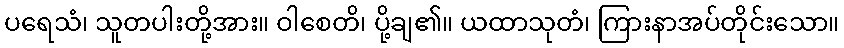
ပရေသံ၊ သူတပါးတို့အား။ ဝါစေတိ၊ ပို့ချ၏။ ယထာသုတံ၊ ကြားနာအပ်တိုင်းသော။